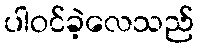
ပါဝင်ခဲ့လေသည်